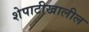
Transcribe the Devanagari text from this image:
शेपाटीखालील